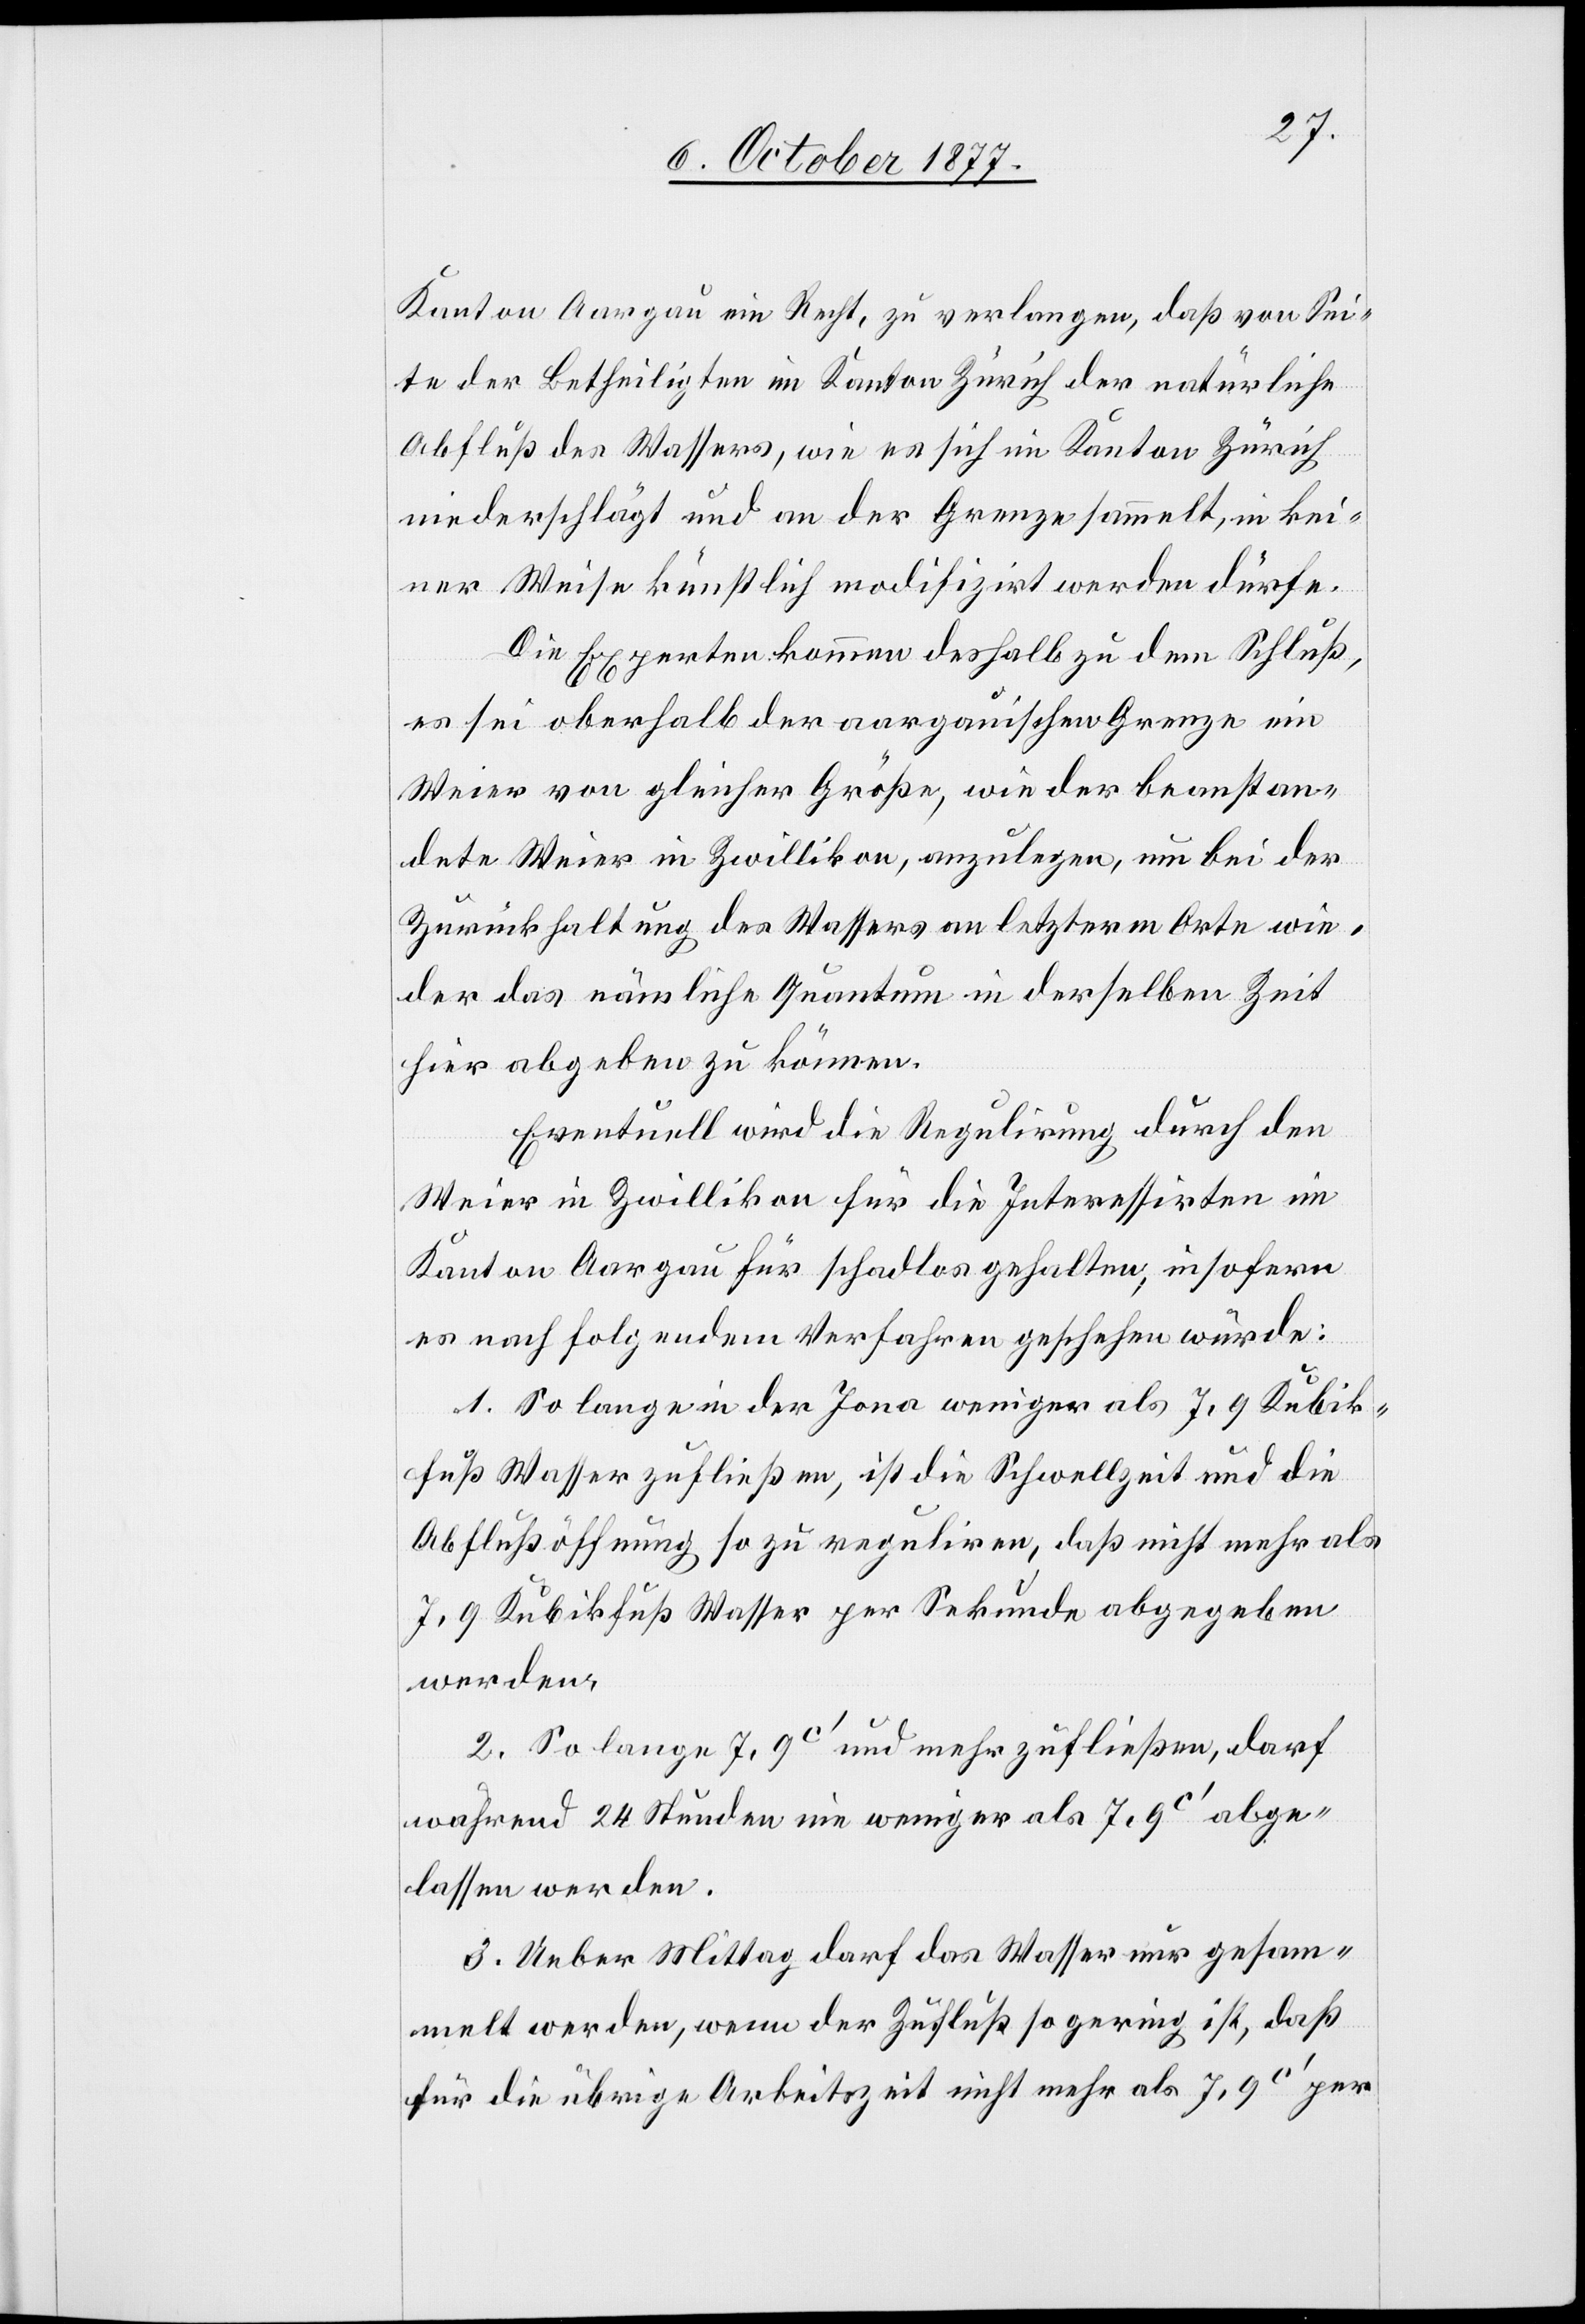
Kanton Aargau ein Recht, zu verlangen, daß von Sei¬
te der Betheiligten im Kanton Zürich der natürliche
Abfluß des Wassers, wie es sich im Kanton Zürich
niederschlägt und an der Grenze sammelt, in kei¬
ner Weise künstlich modifizirt werden dürfe.
Die Experten kommen deshalb zu dem Schluß,
es sei oberhalb der aargauischen Grenze ein
Weier von gleicher Größe, wie der beanstan¬
dete Weier in Zwillikon, anzulegen, um bei der
Zurückhaltung des Wassers an letzterm Orte wie¬
der das nämliche Quantum in derselben Zeit
hier abgeben zu können.
Eventuell wird die Regulirung durch den
Weier in Zwillikon für die Interessirten im
Kanton Aargau für schadlos gehalten, insofern
es nach folgendem Verfahren geschehen würde:
1. So lange in der Jona weniger als 7,9 Kubik¬
fuß Wasser zufließen, ist die Schwellzeit und die
Abflußöffnung so zu reguliren, daß nicht mehr als
7,9 Kubikfuß Wasser per Sekunde abgegeben
werden.
2. So lange 7,9C‘ und mehr zufließen, darf
während 24 Stunden nie weniger als 7,9C‘ abge¬
lassen werden.
3. Ueber Mittag darf das Wasser nur gesam¬
melt werden, wenn der Zufluß so gering ist, daß
für die übrige Arbeitszeit nicht mehr als 7,9C‘ per